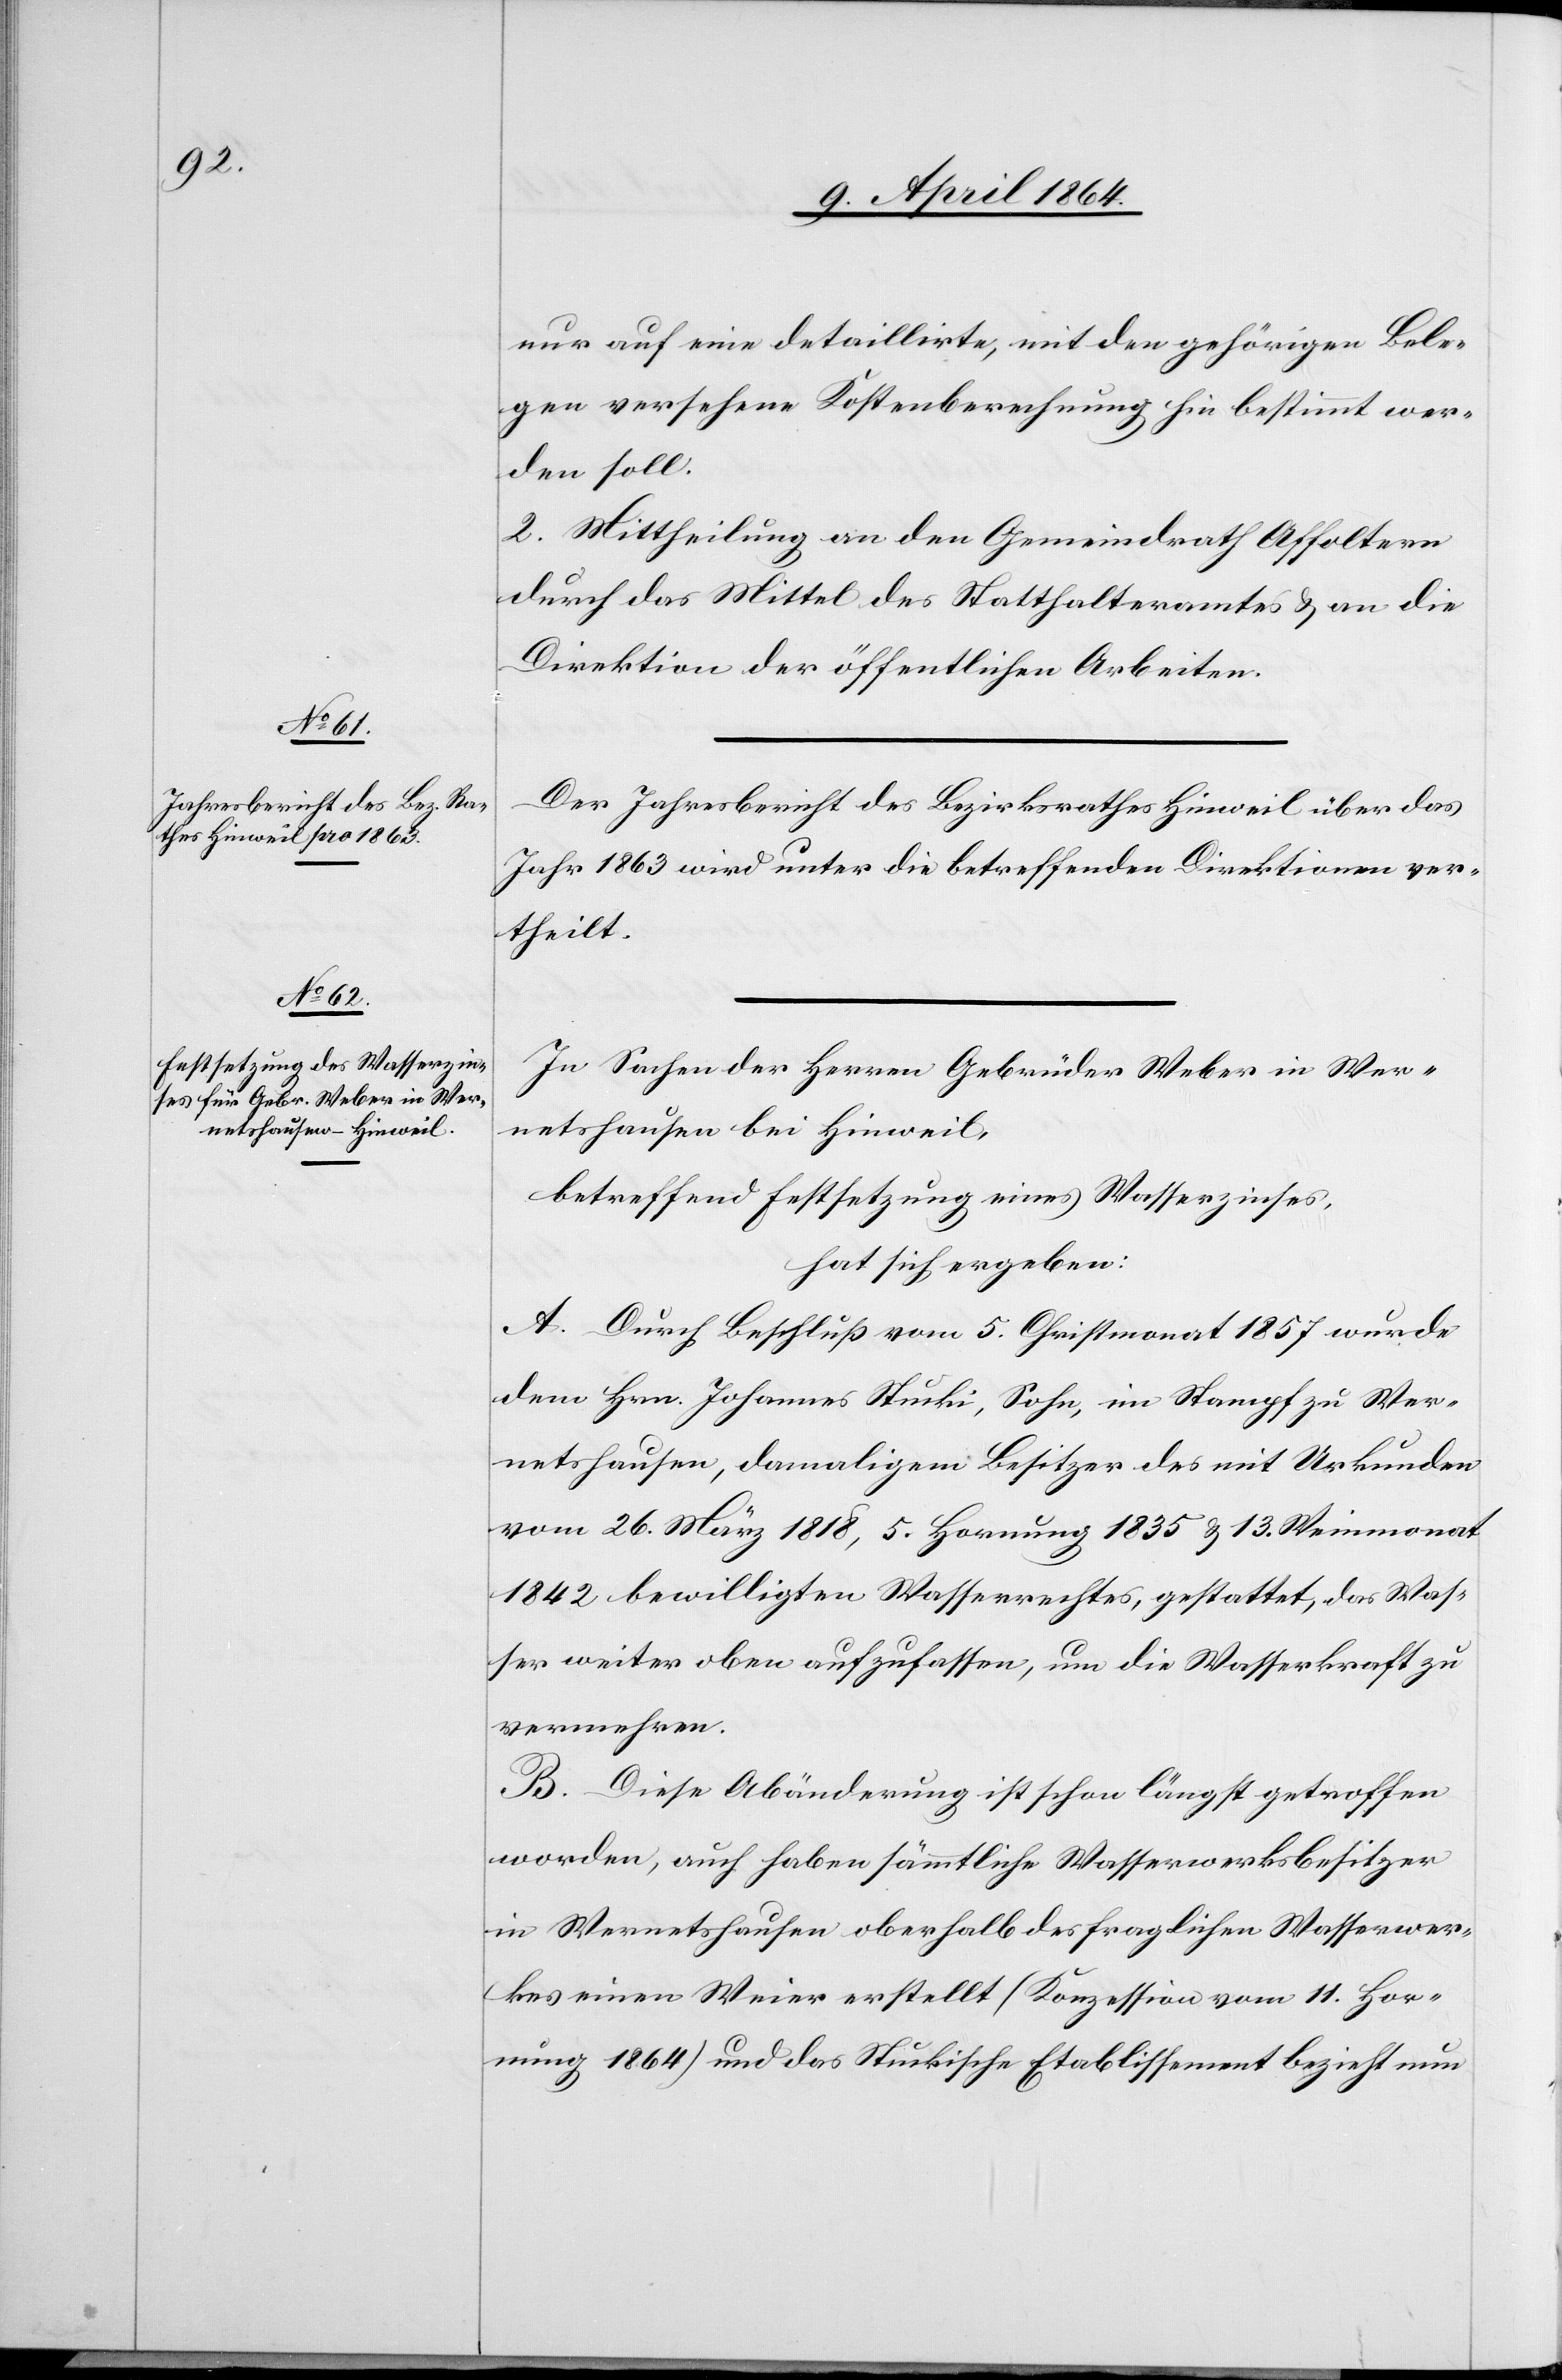
nur auf eine detaillirte, mit den gehörigen Bele¬
gen versehene Kostenberechnung hin bestimmt wer¬
den soll.
2. Mittheilung an den Gemeindrath Affoltern
durch das Mittel des Statthalteramtes u. an die
Direktion der öffentlichen Arbeiten.
Der Jahresbericht des Bezirksrathes Hinweil über das
Jahr 1863 wird unter die betreffenden Direktionen ver¬
theilt.
In Sachen der Herren Gebrüder Weber in Wer¬
netshausen bei Hinweil,
betreffend Festsetzung eines Wasserzinses,
hat sich ergeben:
A. Durch Beschluß vom 5. Christmonat 1857 wurde
dem Hrn. Johannes Stucki, Sohn, im Stampf zu Wer¬
netshausen, damaligem Besitzer des mit Urkunden
vom 26. März 1818, 5. Hornung 1835 u. 13. Weinmonat
1842 bewilligten Wasserrechtes, gestattet, das Was¬
ser weiter oben aufzufassen, um die Wasserkraft zu
vermehren.
B. Diese Abänderung ist schon längst getroffen
worden, auch haben sämmtliche Wasserwerksbesitzer
in Wernetshausen oberhalb des fraglichen Wasserwer¬
kes einen Weier erstellt (Konzession vom 11. Hor¬
nung 1864) und das Stuckische Etablissement bezieht nun